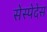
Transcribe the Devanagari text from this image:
सेस्पेदेस